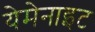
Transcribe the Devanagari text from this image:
येमेनाइट